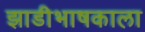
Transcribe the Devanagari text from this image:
झाडीभाषकाला